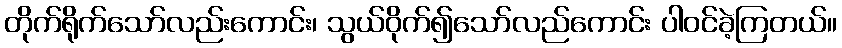
တိုက်ရိုက်သော်လည်းကောင်း၊ သွယ်ဝိုက်၍သော်လည်ကောင်း ပါဝင်ခဲ့ကြတယ်။